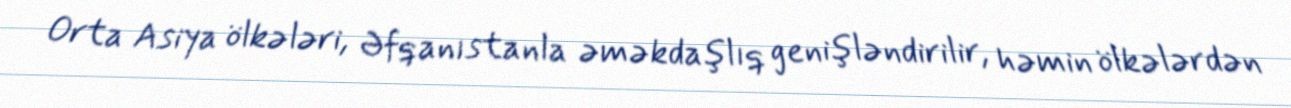
Orta Asiya ölkələri, Əfqanıstanla əməkdaşlıq genişləndirilir, həmin ölkələrdən